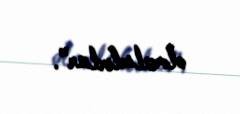
olmalıdırlar”.